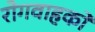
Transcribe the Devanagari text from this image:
रोगवाहकों